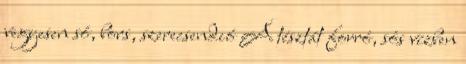
vegyesen só, bors, szerecsendió A tésztát forró, sós vízben